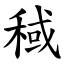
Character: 稢